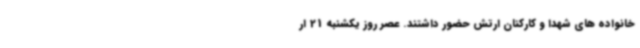
خانواده های شهدا و کارکنان ارتش حضور داشتند. عصر روز یکشنبه 21 ار